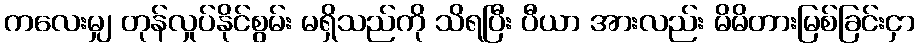
ကလေးမျှ တုန်လှုပ်နိုင်စွမ်း မရှိသည်ကို သိရပြီး ပီယာ အားလည်း မိမိတားမြစ်ခြင်းငှာ